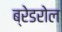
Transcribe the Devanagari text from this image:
ब्रेडरोल